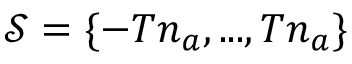
\mathcal { S } = \{ - T n _ { a } , . . . , T n _ { a } \}